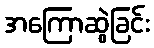
အကြောဆွဲခြင်း